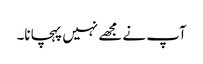
آپ نے مجھے نہیں پہچانا۔